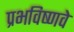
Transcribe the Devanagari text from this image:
प्रभविष्णवे